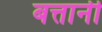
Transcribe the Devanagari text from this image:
बत्तानी